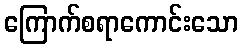
ကြောက်စရာကောင်းသော